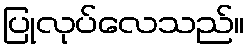
ပြုလုပ်လေသည်။